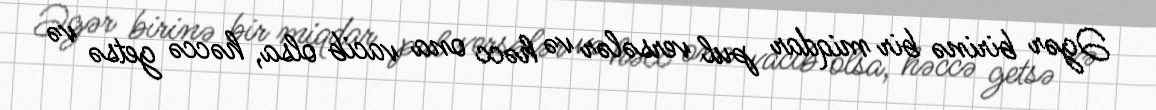
Əgər birinə bir miqdar pul versələr və həcc ona vacib olsa, həccə getsə və